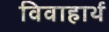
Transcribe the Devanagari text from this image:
विवाहार्थ